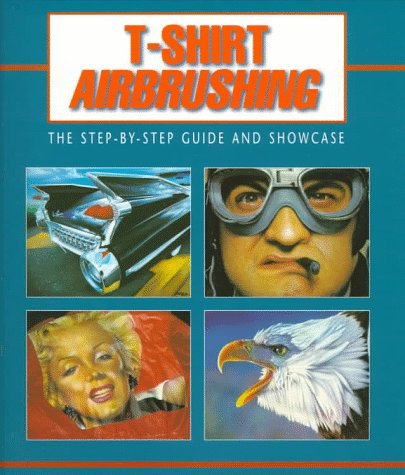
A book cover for T-shirt Airbrushing: The Step by Step Guide and Showcase; Arts & Photography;